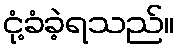
ငုံ့ခံခဲ့ရသည်။